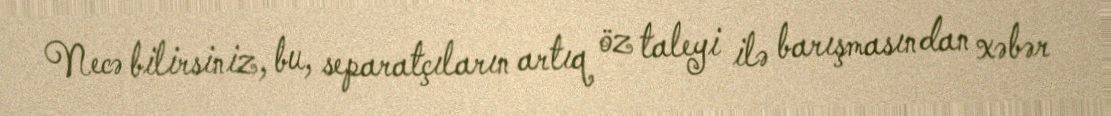
Necə bilirsiniz, bu, separatçıların artıq öz taleyi ilə barışmasından xəbər